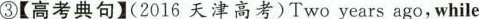
③【高考典句】(2016 天津高考)Two years ago, while